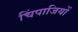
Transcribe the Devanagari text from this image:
चिंपाजियों